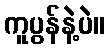
ကူပွန်နဲ့ပဲ။